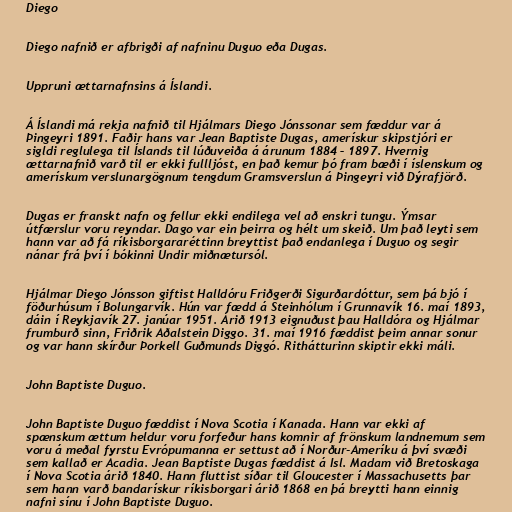
Diego

Diego nafnið er afbrigði af nafninu Duguo eða Dugas.

Uppruni ættarnafnsins á Íslandi.

Á Íslandi má rekja nafnið til Hjálmars Diego Jónssonar sem fæddur var á
Þingeyri 1891. Faðir hans var Jean Baptiste Dugas, amerískur skipstjóri er
sigldi reglulega til Íslands til lúðuveiða á árunum 1884 – 1897. Hvernig
ættarnafnið varð til er ekki fullljóst, en það kemur þó fram bæði í íslenskum og
amerískum verslunargögnum tengdum Gramsverslun á Þingeyri við Dýrafjörð.

Dugas er franskt nafn og fellur ekki endilega vel að enskri tungu. Ýmsar
útfærslur voru reyndar. Dago var ein þeirra og hélt um skeið. Um það leyti sem
hann var að fá ríkisborgararéttinn breyttist það endanlega í Duguo og segir
nánar frá því í bókinni Undir miðnætursól.

Hjálmar Diego Jónsson giftist Halldóru Friðgerði Sigurðardóttur, sem þá bjó í
föðurhúsum í Bolungarvík. Hún var fædd á Steinhólum í Grunnavík 16. maí 1893,
dáin í Reykjavík 27. janúar 1951. Árið 1913 eignuðust þau Halldóra og Hjálmar
frumburð sinn, Friðrik Aðalstein Diggo. 31. maí 1916 fæddist þeim annar sonur
og var hann skírður Þorkell Guðmunds Diggó. Rithátturinn skiptir ekki máli.

John Baptiste Duguo.

John Baptiste Duguo fæddist í Nova Scotia í Kanada. Hann var ekki af
spænskum ættum heldur voru forfeður hans komnir af frönskum landnemum sem
voru á meðal fyrstu Evrópumanna er settust að í Norður-Ameríku á því svæði
sem kallað er Acadia. Jean Baptiste Dugas fæddist á Isl. Madam við Bretoskaga
í Nova Scotia árið 1840. Hann fluttist síðar til Gloucester í Massachusetts þar
sem hann varð bandarískur ríkisborgari árið 1868 en þá breytti hann einnig
nafni sínu í John Baptiste Duguo.